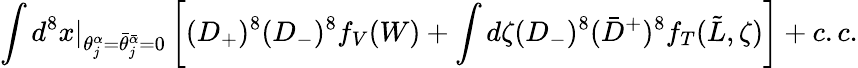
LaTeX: \int d^{8}x\vert_{\theta_{j}^{\alpha}=\bar{\theta}_{j}^{\bar{\alpha}}=0}\left[(D_{+})^{8}(D_{-})^{8}f_{V}(W)+\int d\zeta(D_{-})^{8}(\bar{D}^{+})^{8}f_{T}(\tilde{L},\zeta)\right]+c.c.